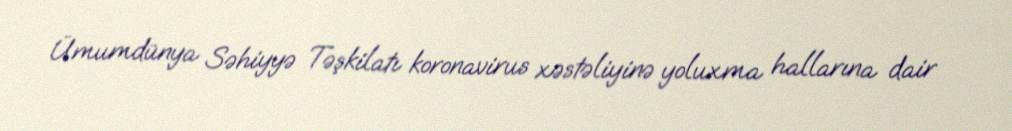
Ümumdünya Səhiyyə Təşkilatı koronavirus xəstəliyinə yoluxma hallarına dair